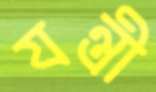
যন্ত্রী